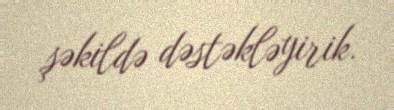
şəkildə dəstəkləyirik.